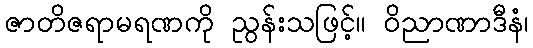
ဇာတိဇရာမရဏကို ညွန်းသဖြင့်။ ဝိညာဏာဒီနံ၊